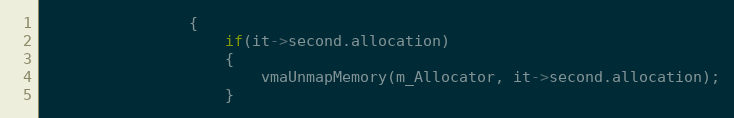
Language: C++
                {
                    if(it->second.allocation)
                    {
                        vmaUnmapMemory(m_Allocator, it->second.allocation);
                    }